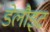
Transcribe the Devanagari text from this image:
डेलौइट